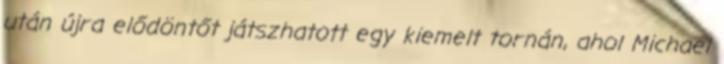
után újra elődöntőt játszhatott egy kiemelt tornán, ahol Michael